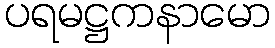
ပရမဋ္ဌကနာမော